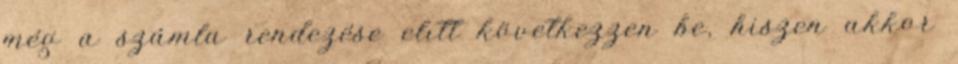
még a számla rendezése elıtt következzen be, hiszen akkor